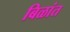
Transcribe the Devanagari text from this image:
बिळांत